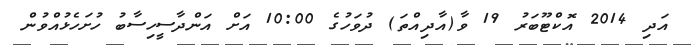
އަދި 2014 އޮކްޓޫބަރު 19 ވާ(އާދިއްތަ) ދުވަހުގެ 10:00 އަށް އަންދާސީހިސާބު ހުށަހެޅުއްވުން